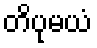
တိပုမယံ